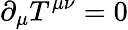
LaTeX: \partial_{\mu}T^{\mu\nu}=0